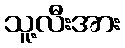
သူ့လီးအား